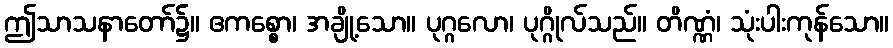
ဤသာသနာတော်၌။ ဧကစ္စော၊ အချို့သော။ ပုဂ္ဂလော၊ ပုဂ္ဂိုလ်သည်။ တိဏ္ဏံ၊ သုံးပါးကုန်သော။